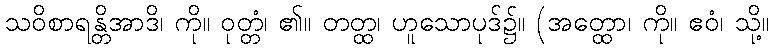
သဝိစာရန္တိအာဒိ၊ ကို။ ဝုတ္တံ၊ ၏။ တတ္ထ၊ ဟူသောပုဒ်၌။ (အတ္ထော၊ ကို။ ဧဝံ၊ သို့။